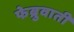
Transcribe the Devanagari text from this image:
फेब्रुवाती